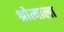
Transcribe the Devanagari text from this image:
श्रोत्याला